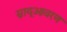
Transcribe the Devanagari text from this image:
स्नायूआवरण